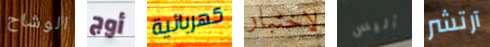
الوشاح أوج كهربائية لاختبار أليس آرتشر